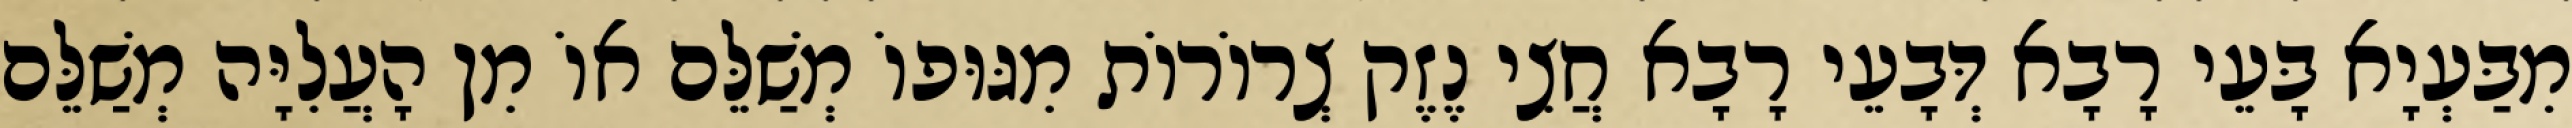
מִבַּעְיָא בָּעֵי רָבָא דְּבָעֵי רָבָא חֲצִי נֶזֶק צְרוֹרוֹת מִגּוּפוֹ מְשַׁלֵּם אוֹ מִן הָעֲלִיָּה מְשַׁלֵּם